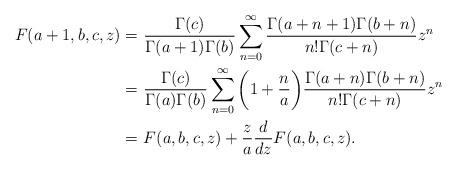
LaTeX: \begin{align*}F(a+1, b, c, z)=&~\frac{\Gamma(c)}{\Gamma(a+1)\Gamma(b)}\sum^\infty_{n=0}\frac{\Gamma(a+n+1)\Gamma(b+n)}{n!\Gamma(c+n)}z^n\\=&~\frac{\Gamma(c)}{\Gamma(a)\Gamma(b)}\sum^\infty_{n=0}\bigg(1+\frac{n}{a}\bigg)\frac{\Gamma(a+n)\Gamma(b+n)}{n!\Gamma(c+n)}z^n\\=&~F(a,b,c,z)+\frac{z}{a}\frac{d}{dz}F(a,b,c,z).\end{align*}